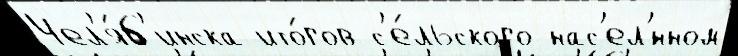
Чел'я́б'инска ито́гов с'е́льского нас'ел'́нном